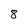
Character: 8